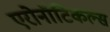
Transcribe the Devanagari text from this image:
एरोनॉटिकल्स